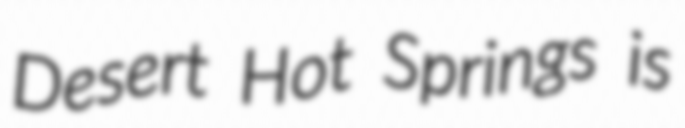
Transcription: Desert Hot Springs is